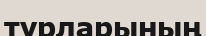
турларының